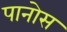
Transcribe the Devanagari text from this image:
पानोस